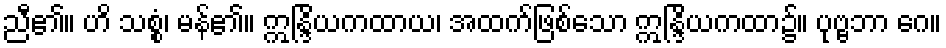
ညီ၏။ ဟိ သစ္စံ၊ မန်၏။ ဣန္ဒြိယကထာယ၊ အထက်ဖြစ်သော ဣန္ဒြိယကထာ၌။ ပုဗ္ဗဘာ ဂေ။